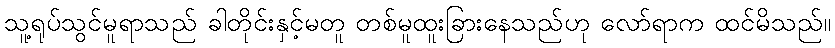
သူ့ရုပ်သွင်မူရာသည် ခါတိုင်းနှင့်မတူ တစ်မူထူးခြားနေသည်ဟု လော်ရာက ထင်မိသည်။